Report on sanitation, dispensaries, and jails in Rajputana for 1916, and on vaccination for the year 1916-1917 - 1916-1917
Year: 1916
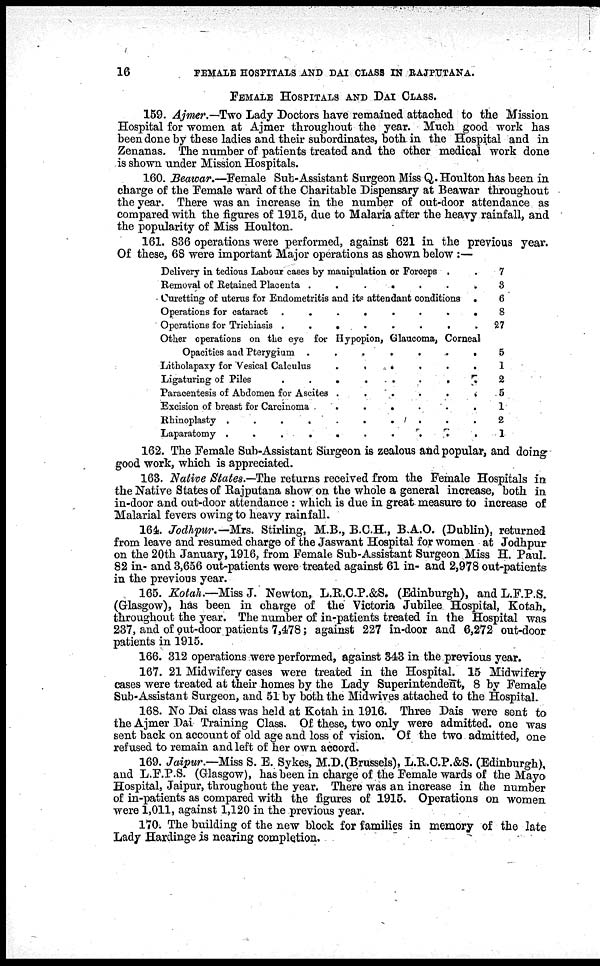
16
FEMALE
HOSPITALS AND DAI CLASS IN RAJPUTANA.
FEMALE HOSPITALS AND DAI CLASS.
159. Ajmer.—Two Lady Doctors have remained attached to the Mission
Hospital for women at Ajmer throughout the year. Much good work has
been done by these ladies and their subordinates, both in the Hospital and in
Zenanas. The number of patients treated and the other medical work done
is shown under Mission Hospitals.
160. Beawar.—Female Sub-Assistant Surgeon Miss Q. Houlton has been in
charge of the Female ward of the Charitable Dispensary at Beawar throughout
the year. There was an increase in the number of out-door attendance as
compared with the figures of 1915, due to Malaria after the heavy rainfall, and
the popularity of Miss Houlton.
161. 836 operations were performed, against 621 in the previous year.
Of these, 68 were important Major operations as shown below :—
Delivery in tedious Labour cases by manipulation or Forceps . .
Removal of Retained Placenta .
.
.
.
.
.
.
Curetting of uterus for Endometritis and its attendant
conditions.
Operation for cataracts . . . . . . .
Operations for Trichiasis . . . . . . .
Other operations on the eye for Hypopion, Glaucoma, Corneal
Opacities and Pterygium . . . . . . .
Litholapaxy for Vesical Calculas . . . . . . .
Ligaturing of Piles . . . . . . .
Paracentesis of breast for Carcinoma . . . . . . .
Excision of breast for Carcinoma
.
.
.
.
.
.
.
Rhinoplasty . . . . . . . . . .
Laparatomy . . . . . . . . . .
7
3
6
8
27
5
1
2
5
1
2
1
162. The Female Sub-Assistant Surgeon is zealous and popular, and doing
good work, which is appreciated.
163. Native States.—The returns received from the Female Hospitals in
the Native States of Rajputana show on the whole a general increase, both in
in-door and out-door attendance : which is due in great measure to increase of
Malarial fevers owing to heavy rainfall.
164. Jodhpur.— Mrs. Stirling, M.B., B.C.H., B.A.O. (Dublin), returned
from leave and resumed charge of the Jaswant Hospital for women at Jodhpur
on the 20th January, 1916, from Female Sub-Assistant Surgeon Miss H. Paul.
82 in- and 3,656 out-patients were treated against 61 in- and 2,978 out-patients
in the previous year.
165. Kotah.—Miss J. Newton, L.R.C.P.&S. (Edinburgh), and L.F.P.S.
(Glasgow), has been in charge of the Victoria Jubilee Hospital, Kotah,
throughout the year. The number of in-patients treated in the Hospital was
237, and of out-door patients 7,478; against 227 in-door and 6,272 out-door
patients in 1915.
166. 312 operations were performed, against 343 in the previous year.
167. 21 Midwifery cases were treated in the Hospital. 15 Midwifery
cases were treated at their homes by the Lady Superintendent, 8 by Female
Sub-Assistant Surgeon, and 51 by both the Midwives attached to the Hospital.
168. No Dai class was held at Kotah in 1916. Three Dais were sent to
the Ajmer Dai Training Class. Of these, two only were admitted, one was
sent back on account of old age and loss of vision. Of the two admitted, one
refused to remain and left of her own accord.
169. Jaipur.—Miss S. E. Sykes, M.D.(Brussels), L.R.C.P.&S. (Edinburgh),
and L.F.P.S. (Glasgow), has been in charge of the Female wards of the Mayo
Hospital, Jaipur, throughout the year. There was an increase in the number
of in-patients as compared with the figures of 1915. Operations on women
were 1,011, against 1,120 in the previous year.
170. The building of the new block for families in memory of the late
Lady Hardinge is nearing completion.